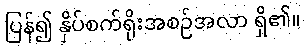
ပြန်၍ နှိပ်စက်ရိုးအစဉ်အလာ ရှိ၏။